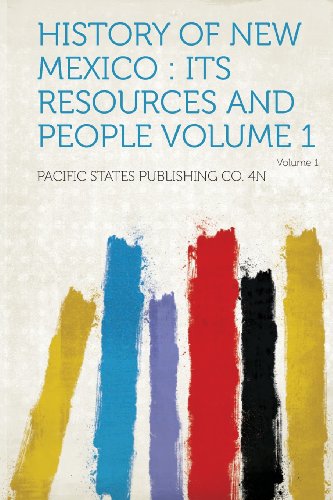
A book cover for History of New Mexico: Its Resources and People Volume 1; Pacific States Publishing Co 4n; Biographies & Memoirs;